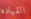
القياده